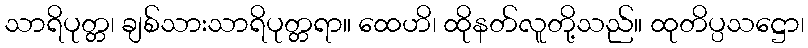
သာရိပုတ္တ၊ ချစ်သားသာရိပုတ္တရာ။ ထေဟိ၊ ထိုနတ်လူတို့သည်။ ထုတိပ္ပသဋ္ဌော၊